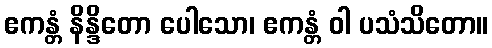
ဧကန္တံ နိန္ဒိတော ပေါသော၊ ဧကန္တံ ဝါ ပသံသိတော။